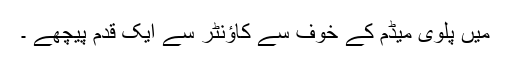
میں پلوی میڈم کے خوف سے کاؤنٹر سے ایک قدم پیچھے ۔